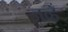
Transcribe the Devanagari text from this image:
जव्हँ